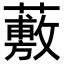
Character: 𧀮